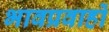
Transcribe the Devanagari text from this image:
भावप्रवाहों